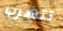
تتهرب